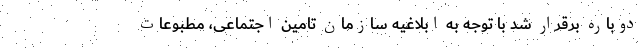
دوباره برقرار شد با توجه به ابلاغیه سازمان تامین اجتماعی، مطبوعات